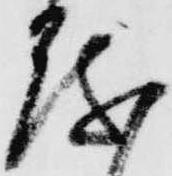
越